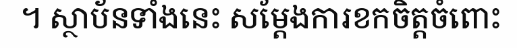
។ ស្ថាប័នទាំងនេះ សម្តែងការខកចិត្តចំពោះ